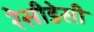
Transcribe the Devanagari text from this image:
रेसीडेसी